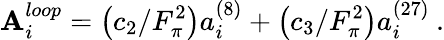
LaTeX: \mathbf{A}_{i}^{loop}=\left(c_{2}/F_{\pi}^{2}\right)a_{i}^{\left(8\right)}+\left(c_{3}/F_{\pi}^{2}\right)a_{i}^{\left(27\right)}\: .